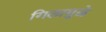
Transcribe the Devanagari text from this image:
गिलामुळे